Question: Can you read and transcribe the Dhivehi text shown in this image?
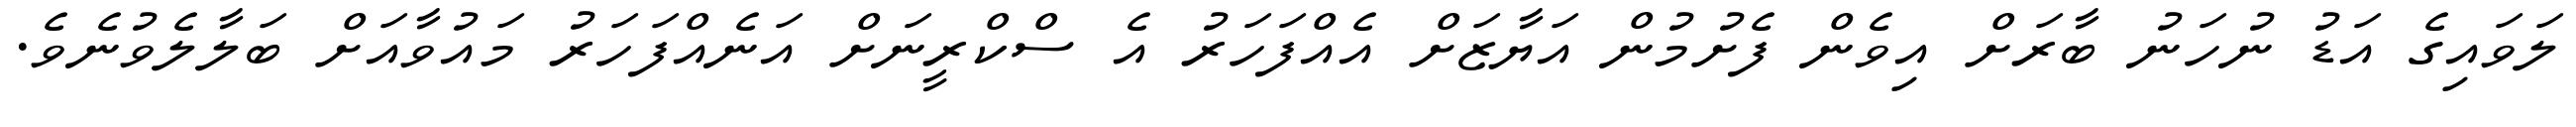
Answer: ލަވައިގެ އަޑު ނުހަނު ބާރަށް އިވެން ފެށުމުން އަޔާޒަށް އެއްފަހަރު އެ ސްކްރީނަށް އަނެއްފަހަރު މައުވާއަށް ބަލާލެވުނެވެ.